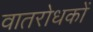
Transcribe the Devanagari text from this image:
वातरोधकों